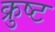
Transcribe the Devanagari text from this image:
क्रुष्ट